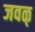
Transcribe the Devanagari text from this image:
जवळ्